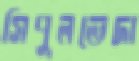
সিপুলভেদা